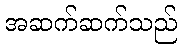
အဆက်ဆက်သည်